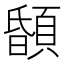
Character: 䫒